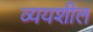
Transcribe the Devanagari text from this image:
व्ययशील